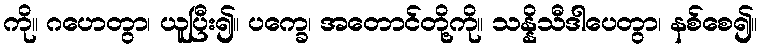
ကို။ ဂဟေတွာ၊ ယူပြီး၍။ ပက္ခေ၊ အတောင်တို့ကို။ သန္နိသီဒါပေတွာ၊ နစ်စေ၍။